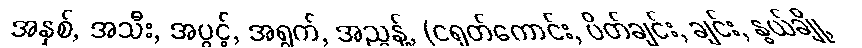
အနှစ်, အသီး, အပွင့်, အရွက်, အညွန့်, (ငရုတ်ကောင်း, ပိတ်ချင်း, ချင်း, နွယ်ချို,